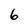
Character: 6